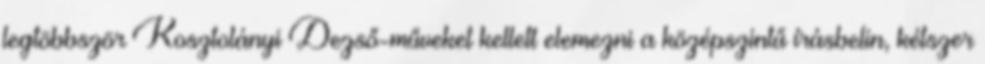
legtöbbször Kosztolányi Dezső-műveket kellett elemezni a középszintű írásbelin, kétszer